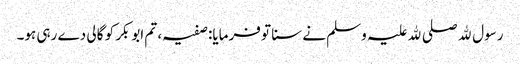
رسول ﷲ صلی ﷲ علیہ وسلم نے سنا تو فرمایا: صفیہ، تم ابوبکر کو گالی دے رہی ہو۔